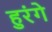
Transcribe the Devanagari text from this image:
हुरंगे